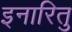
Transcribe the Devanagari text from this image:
इनारितु